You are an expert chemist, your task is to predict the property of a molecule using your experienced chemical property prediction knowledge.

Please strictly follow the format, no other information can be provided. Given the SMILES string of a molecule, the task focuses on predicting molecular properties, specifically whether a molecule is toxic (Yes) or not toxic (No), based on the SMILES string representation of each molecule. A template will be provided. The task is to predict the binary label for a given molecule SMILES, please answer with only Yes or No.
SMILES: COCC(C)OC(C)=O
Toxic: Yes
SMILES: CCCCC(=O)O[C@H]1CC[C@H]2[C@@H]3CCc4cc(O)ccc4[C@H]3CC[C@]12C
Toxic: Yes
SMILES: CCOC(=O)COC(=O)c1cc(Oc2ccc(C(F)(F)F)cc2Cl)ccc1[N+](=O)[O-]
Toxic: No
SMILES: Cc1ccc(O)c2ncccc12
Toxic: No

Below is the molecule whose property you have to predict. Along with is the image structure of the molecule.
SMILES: CC(=O)CC(C)(C)C1CCCCC1
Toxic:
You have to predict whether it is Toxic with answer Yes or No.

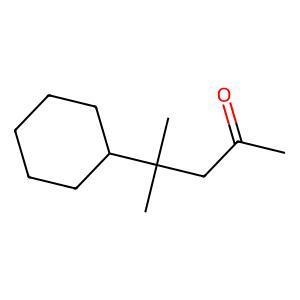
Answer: No